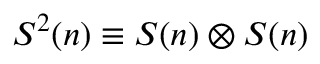
S ^ { 2 } ( n ) \equiv S ( n ) \otimes S ( n )